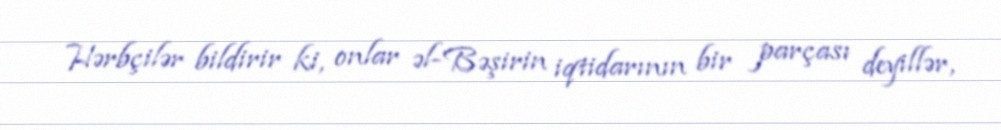
Hərbçilər bildirir ki, onlar əl-Bəşirin iqtidarının bir parçası deyillər,